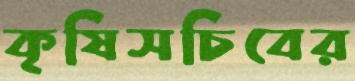
কৃষিসচিবের